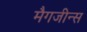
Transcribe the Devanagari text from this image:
मैगजीन्स